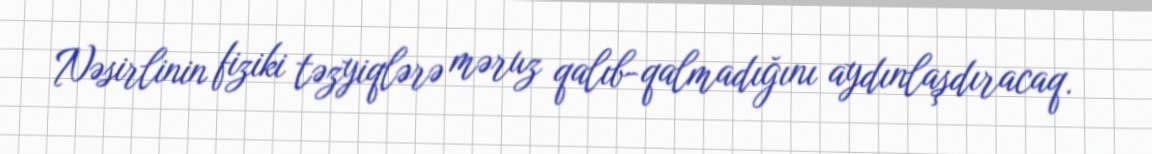
Nəsirlinin fiziki təzyiqlərə məruz qalıb-qalmadığını aydınlaşdıracaq.